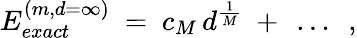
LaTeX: E_{exact}^{(m,d=\infty)}\ =\ c_{M}\, d^{\frac{1}{M}}\ +\ \ldots\ \ ,